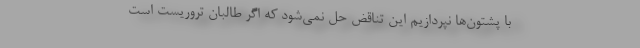
با پشتون‌ها نپردازیم این تناقض حل نمی‌شود که اگر طالبان تروریست است